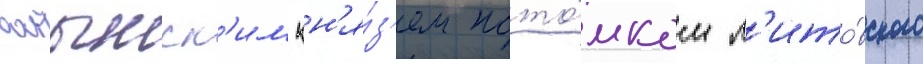
волынск'им кн'я́з'ем пото́мком л'ито́вского